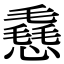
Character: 㦌